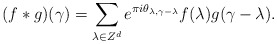
\begin{align*}(f * g)(\gamma) = \sum_{\lambda \in Z^{d}} e^{\pi i \theta_{\lambda, \gamma - \lambda} } f(\lambda)g(\gamma - \lambda).\end{align*}